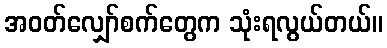
အဝတ်လျှော်စက်တွေက သုံးရလွယ်တယ်။